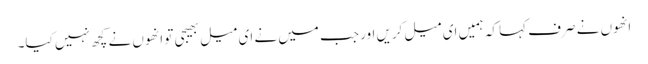
انھوں نے صرف کہا کہ ہمیں ای میل کریں اور جب میں نے ای میل بھیجی تو انھوں نے کچھ نہیں کیا۔